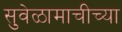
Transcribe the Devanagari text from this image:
सुवेळामाचीच्या